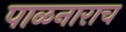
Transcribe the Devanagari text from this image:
पाळनाराच